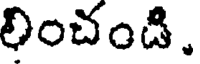
లించండి.